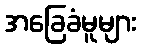
အခြေခံမူများ